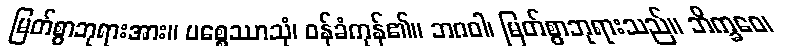
မြတ်စွာဘုရားအား။ ပစ္စေဿာသုံ၊ ဝန်ခံကုန်၏။ ဘဂဝါ၊ မြတ်စွာဘုရားသည်။ ဘိက္ခဝေ၊